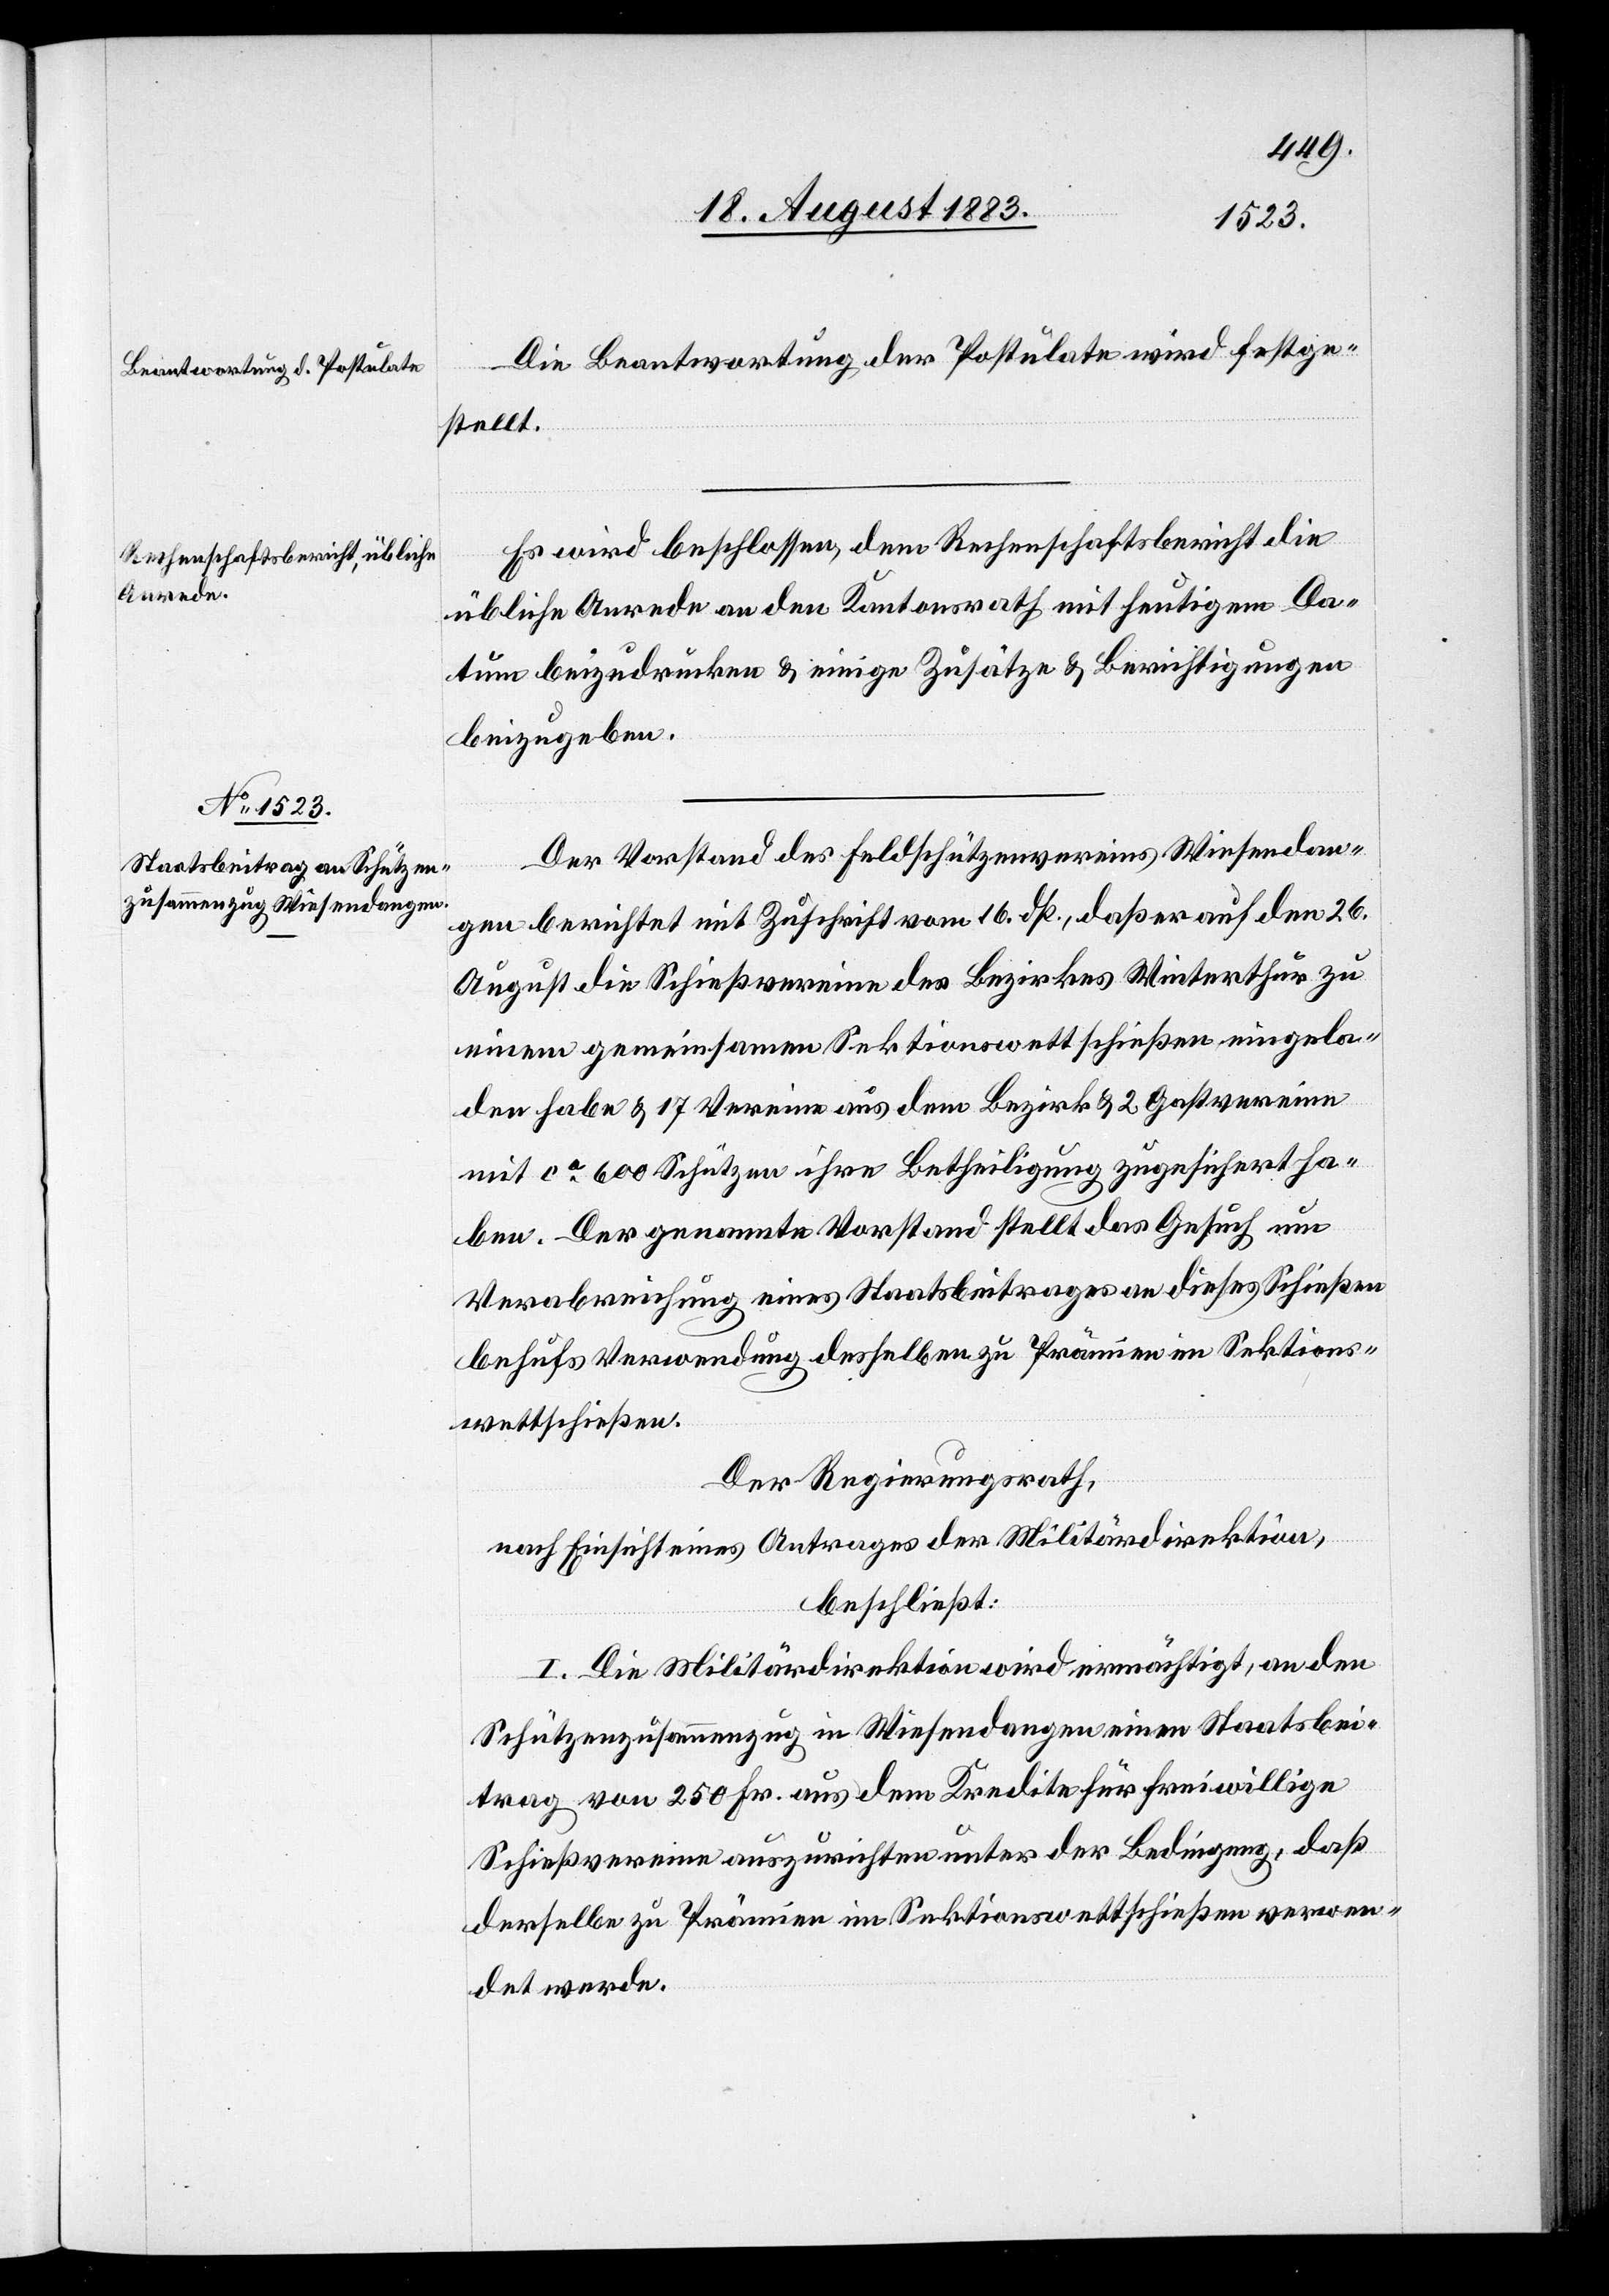
Die Beantwortung der Postulate wird festge¬
stellt.
Es wird beschlossen, dem Rechenschaftsbericht die
übliche Anrede an den Kantonsrath mit heutigem Da¬
tum beizudrucken & einige Zusätze & Berichtigungen
beizugeben.
Der Vorstand des Feldschützenvereins Wiesendan¬
gen berichtet mit Zuschrift vom 16. dß., daß er auf den 26.
August die Schießvereine des Bezirkes Winterthur zu
einem gemeinsamen Sektionswettschießen eingela¬
den habe & 17 Verein aus dem Bezirk & 2 Gastvereine
mit ca 600 Schützen ihre Betheiligung zugesichert ha¬
ben. Der genannte Vorstand stellt das Gesuch um
Verabreichung eines Staatsbeitrages an dieses Schießen
behufs Verwendung desselben zu Prämien im Sektions¬
wettschießen.
Der Regierungsrath,
nach Einsicht eines Antrages der Militärdirektion,
beschließt:
I. Die Militärdirektion wird ermächtigt, an den
Schützenzusammenzug in Wiesendangen einen Staatsbei¬
trag von 250 Fr. aus dem Kredite für freiwillige
Schießvereine auszurichten unter der Bedingung, daß
derselbe zu Prämien im Sektionswettschießen verwen¬
det werde.